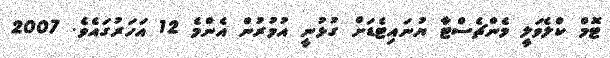
ޓޮމް ކްލެވަލީ މެންޗެސްޓާ ޔުނައިޓެޑަށް ގުޅުނީ އުމުރުން އެންމެ 12 އަހަރުގައެވެ. 2007